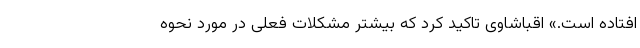
افتاده است.» اقباشاوی تاکید کرد که بیشتر مشکلات فعلی در مورد نحوه